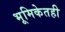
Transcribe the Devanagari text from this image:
भूमिकेतही